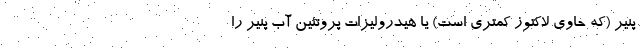
پنیر (که حاوی لاکتوز کمتری است) یا هیدرولیزات پروتئین آب پنیر را